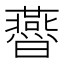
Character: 㬫